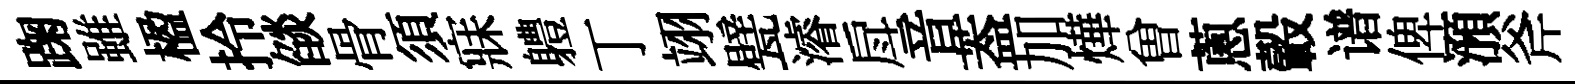
踘雖楹拎燄骨須寐軆丁翊甓濬戽音葢加燁曽蔥轂谱俾澦斧